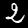
Label: 2